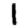
Digit: 1